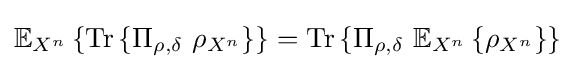
\mathbb {E} _{X^{n}}\left\{{\text{Tr}}\left\{\Pi _{\rho ,\delta }\ \rho _{X^{n}}\right\}\right\}={\text{Tr}}\left\{\Pi _{\rho ,\delta }\ \mathbb {E} _{X^{n}}\left\{\rho _{X^{n}}\right\}\right\}